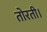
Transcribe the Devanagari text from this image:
तोरती।